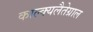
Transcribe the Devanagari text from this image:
काल्क्यलैतेग्राल